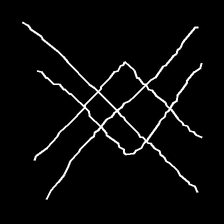
Glyph: crystal